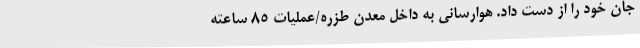
جان خود را از دست داد. هوارسانی به داخل معدن طزره/عملیات ٨۵ ساعته